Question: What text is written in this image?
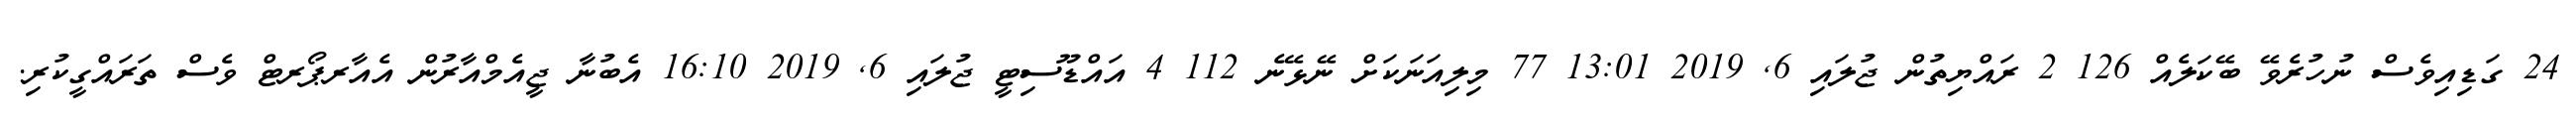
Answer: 24 ގަޑިއިވެސް ނުހުރެވޭ ބޭކަލެއް 126 2 ރައްޔިތުން ޖުލައި 6, 2019 13:01 77 މިލިއަނަކަށް ނޭޅޭނެ 112 4 އައްޑޫސިޓީ ޖުލައި 6, 2019 16:10 އެބުނާ ޖީއެމްއާރުން އެއާރޕޯރޓް ވެސް ތަރައްގީކުރި.